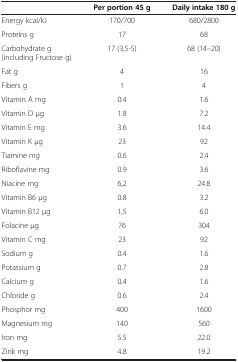
|  | Per portion 45 g | Daily intake 180 g |
 | --- | --- | --- |
 | Energy kcal/kJ | 170/700 | 680/2800 |
 | Proteins g | 17 | 68 |
 | Carbohydrate g (including Fructose g) | 17 (3,5-5) | 68 (14–20) |
 | Fat g | 4 | 16 |
 | Fibers g | 1 | 4 |
 | Vitamin A mg | 0.4 | 1.6 |
 | Vitamin D μg | 1.8 | 7.2 |
 | Vitamin E mg | 3.6 | 14.4 |
 | Vitamin K μg | 23 | 92 |
 | Tiamine mg | 0.6 | 2.4 |
 | Riboflavine mg | 0.9 | 3.6 |
 | Niacine mg | 6,2 | 24.8 |
 | Vitamin B6 μg | 0.8 | 3.2 |
 | Vitamin B12 μg | 1,5 | 6.0 |
 | Folacine μg | 76 | 304 |
 | Vitamin C mg | 23 | 92 |
 | Sodium g | 0.4 | 1.6 |
 | Potassium g | 0.7 | 2.8 |
 | Calcium g | 0.4 | 1.6 |
 | Chloride g | 0.6 | 2.4 |
 | Phosphor mg | 400 | 1600 |
 | Magnesium mg | 140 | 560 |
 | Iron mg | 5.5 | 22.0 |
 | Zink mg | 4.8 | 19.2 |